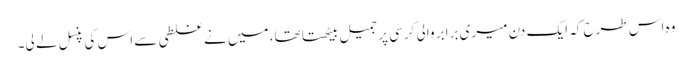
وہ اس طرح کہ ایک دن میری برابر والی کرسی پر جمیل بیٹھتا تھا، میں نے غلطی سے اس کی پنسل لے لی۔